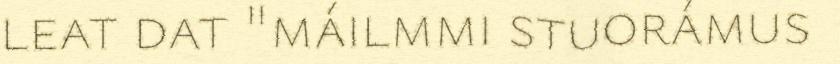
leat dat "máilmmi stuorámus